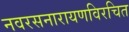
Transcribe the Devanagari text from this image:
नवरसनारायणविरचित